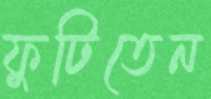
ফুটিতেন